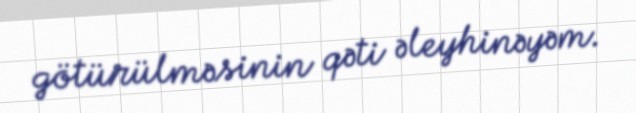
götürülməsinin qəti əleyhinəyəm.